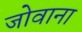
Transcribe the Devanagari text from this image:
जोवाना